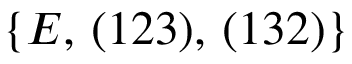
\{ E , \, ( 1 2 3 ) , \, ( 1 3 2 ) \}